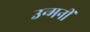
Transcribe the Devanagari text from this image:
उन्मनीं